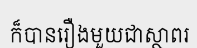
ក៏បានរឿងមួយជាស្ថាពរ